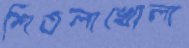
শিতলাখোলা